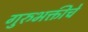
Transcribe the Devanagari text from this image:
गुरुभक्तीचे